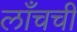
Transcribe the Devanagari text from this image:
लाँचची